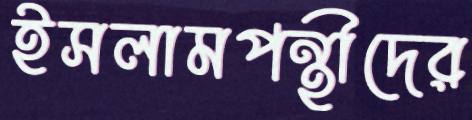
ইসলামপন্থীদের